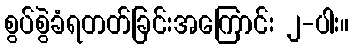
စွပ်စွဲခံရတတ်ခြင်းအကြောင်း ၂-ပါး။